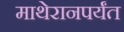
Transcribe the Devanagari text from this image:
माथेरानपर्यंत